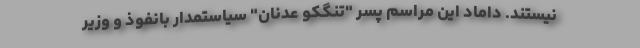
نیستند. داماد این مراسم پسر "تنگکو عدنان" سیاستمدار بانفوذ و وزیر